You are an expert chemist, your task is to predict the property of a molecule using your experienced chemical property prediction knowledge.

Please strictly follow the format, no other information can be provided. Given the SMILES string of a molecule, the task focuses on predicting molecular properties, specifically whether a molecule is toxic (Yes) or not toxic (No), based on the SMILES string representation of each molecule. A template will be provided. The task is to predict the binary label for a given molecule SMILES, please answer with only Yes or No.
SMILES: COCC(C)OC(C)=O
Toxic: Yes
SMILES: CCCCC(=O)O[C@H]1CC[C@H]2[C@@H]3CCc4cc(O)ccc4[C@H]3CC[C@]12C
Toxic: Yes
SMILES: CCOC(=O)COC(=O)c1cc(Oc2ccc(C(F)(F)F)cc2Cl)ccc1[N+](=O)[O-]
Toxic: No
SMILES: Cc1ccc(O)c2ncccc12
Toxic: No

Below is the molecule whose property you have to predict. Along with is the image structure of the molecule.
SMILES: CC(C)NCC(O)c1ccc(NS(C)(=O)=O)cc1
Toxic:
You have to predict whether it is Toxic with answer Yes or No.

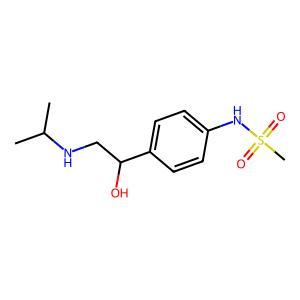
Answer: Yes